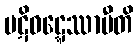
ပဋိဝဋ္ဋေဿာမီတိ